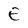
Character: E